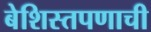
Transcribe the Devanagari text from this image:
बेशिस्तपणाची